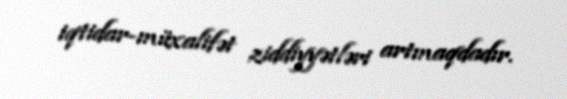
iqtidar-müxalifət ziddiyyətləri artmaqdadır.